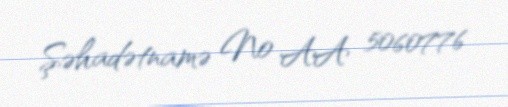
Şəhadətnamə № AA 5060776